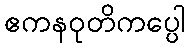
ဧကနဝုတိကပ္ပေါ